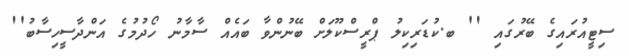
ސިޓީއުރައިގެ ބޭރުގައި '' ބ.ކުޑަރިކިލު ޕްރީސްކޫލަށް ބޭނުންވާ ބައެއް ސާމާނު ހޯދުމުގެ އަންދާސީހިސާބު''